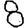
Digit: 8